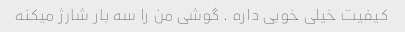
کیفیت خیلی خوبی داره . گوشی من را سه بار شارژ میکنه